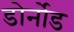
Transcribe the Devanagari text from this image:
डोर्नोड